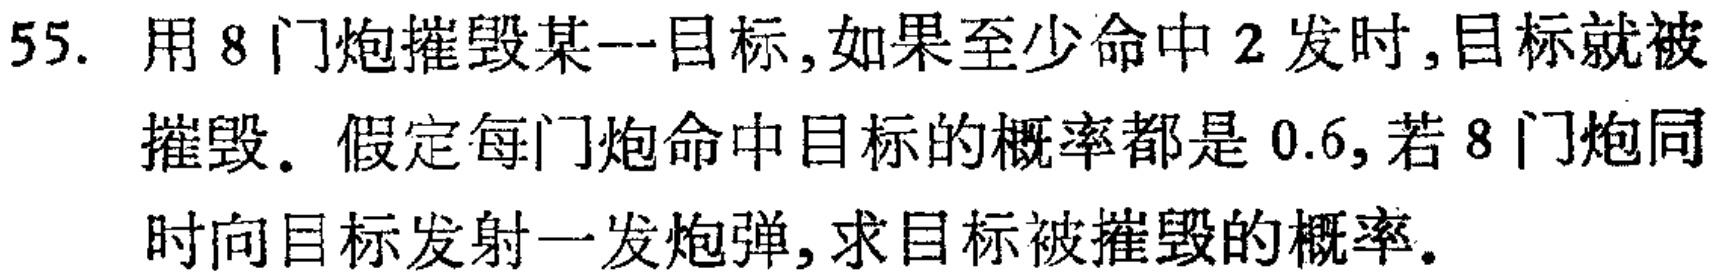
55. 用 8 门炮摧毁某一目标,如果至少命中 2 发时,目标就被
摧毁. 假定每门炮命中目标的概率都是 0.6, 若 8 门炮同
时向目标发射一发炮弹,求目标被摧毁的概率.